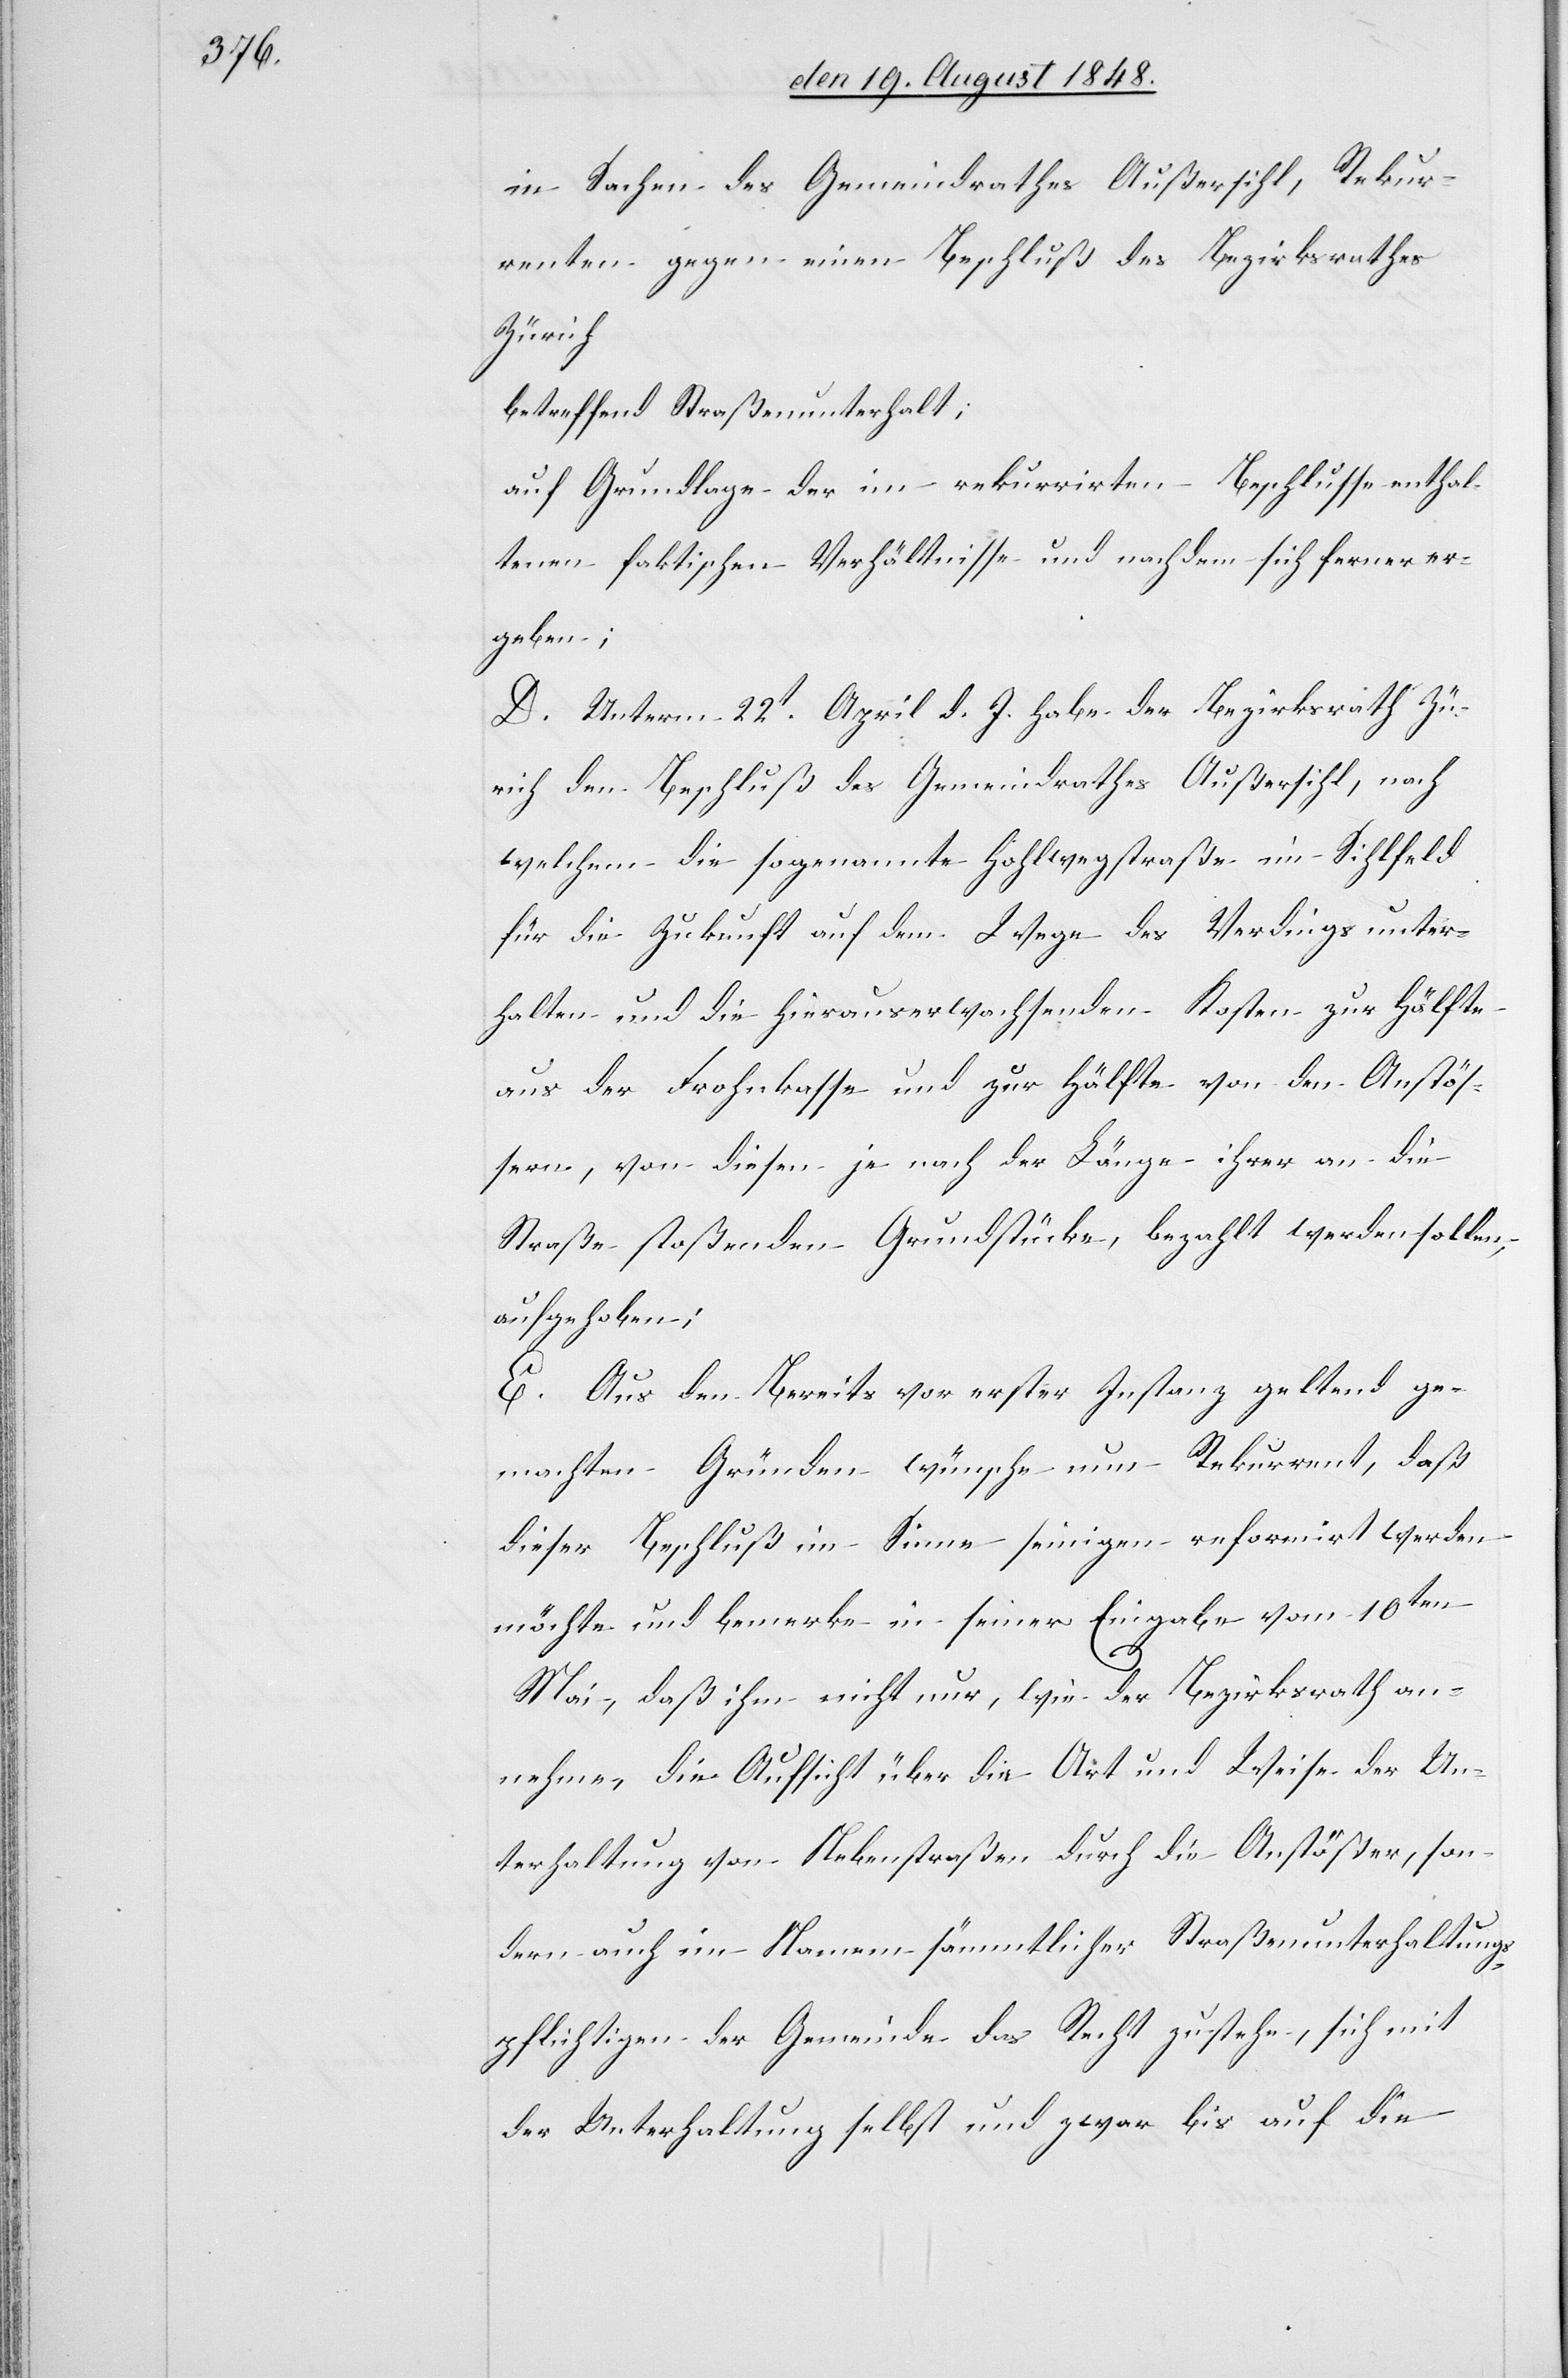
in Sachen des Gemeindrathes Außersihl, Rekur¬
renten gegen einen Beschluß des Bezirksrathes
Zürich
betreffend Straßenunterhalt;
auf Grundlage der im rekurrirten Beschlusse enthal¬
tenen faktischen Verhältnisse und nachdem sich ferner er¬
geben;
D. Unterm 22t April d. J. habe der Bezirksrath Zü¬
rich den Beschluß des Gemeindrathes Außersihl, nach
welchem die sogenannte Hohlwegstraße im Sihlfeld
für die Zukunft auf dem Wege des Verdings unter¬
halten und die hierauserwachsenden Kosten zur Hälfte
aus der Frohnkasse und zur Hälfte von den Anstöß¬
ern, von diesen je nach der Länge ihrer an die
Straße stoßenden Grundstücke, bezahlt werden sollen,
aufgehoben;
E. Aus den bereits vor erster Instanz geltend ge¬
machten Gründen wünsche nun Rekurrent, daß
dieser Beschluß im Sinne seinigen reformirt werden
möchte und bemerke in seiner Eingabe vom 10ten
Mai, daß ihm nicht nur, wie der Bezirksrath an¬
nehme, die Aufsicht über die Art und Weise der Un¬
erhaltung von Nebenstraßen durch die Anstößer, son¬
dern auch im Namen sämmtlicher Straßenunterhaltung¬
spflichtigen der Gemeinde das Recht zustehe, sich mit
der Unterhaltung selbst und zwar bis auf die